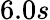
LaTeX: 6.0s